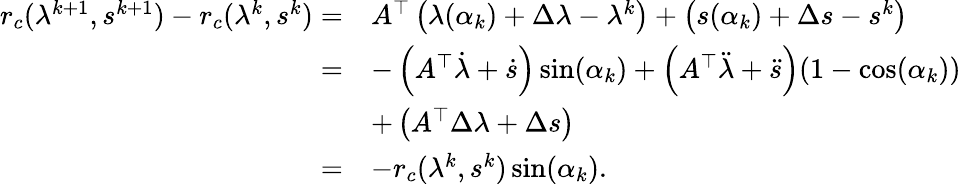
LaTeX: \begin{array}{rl}{r_{c}(\lambda^{k+1},s^{k+1})-r_{c}(\lambda^{k},s^{k})=}&{A^{\top}\left(\lambda(\alpha_{k})+\Delta\lambda-\lambda^{k}\right)+\left(s(\alpha_{k})+\Delta s-s^{k}\right)}\\ {=}&{-\left(A^{\top}\dot{\lambda}+\dot{s}\right)\sin(\alpha_{k})+\left(A^{\top}\ddot{\lambda}+\ddot{s}\right)(1-\cos(\alpha_{k}))}\\ &{+\left(A^{\top}\Delta\lambda+\Delta s\right)}\\ {=}&{-r_{c}(\lambda^{k},s^{k})\sin(\alpha_{k}).}\end{array}